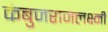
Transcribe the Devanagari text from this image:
कंबुजराजलक्ष्मी